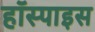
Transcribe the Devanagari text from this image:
हॉस्पाइस